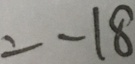
= - 1 8